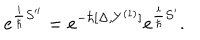
e ^ { { \frac { i } { \hbar } } S ^ { \prime \prime } } = e ^ { - \hbar [ \Delta , Y ^ { ( 1 ) } ] } e ^ { { \frac { i } { \hbar } } S ^ { \prime } } .